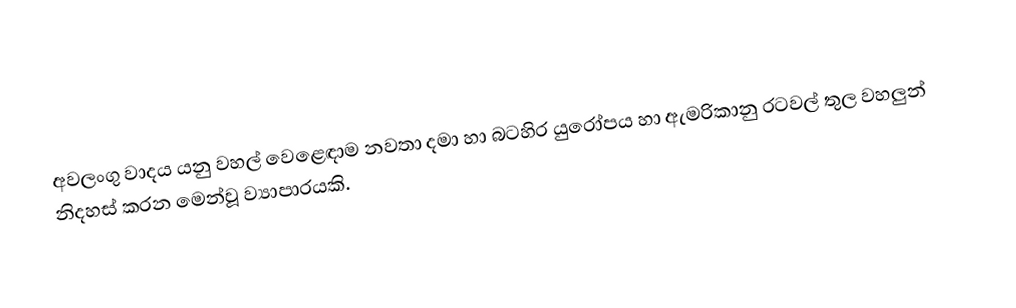
අවලංගු වාදය යනු  වහල් වෙළෙඳාම නවතා දමා හා බටහිර යුරෝපය හා ඇමරිකානු රටවල් තුල වහලුන් නිදහස් කරන මෙන්වූ ව්‍යාපාරයකි.